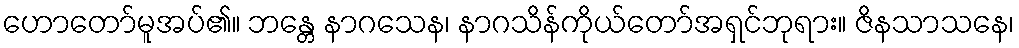
ဟောတော်မူအပ်၏။ ဘန္တေ နာဂသေန၊ နာဂသိန်ကိုယ်တော်အရှင်ဘုရား။ ဇိနသာသနေ၊